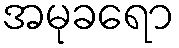
အမုခရော